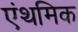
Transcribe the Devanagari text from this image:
एंथमिक